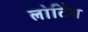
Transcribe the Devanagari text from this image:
लोटिंग